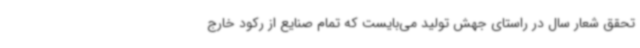
تحقق شعار سال در راستای جهش تولید می‌بایست که تمام صنایع از رکود خارج